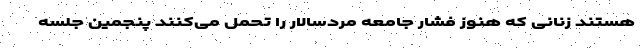
هستند زنانی که هنوز فشار جامعه مردسالار را تحمل می‌کنند پنجمین جلسه